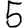
Digit: 5